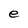
Character: e